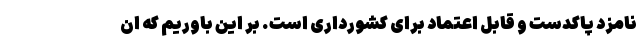
نامزد پاکدست و قابل اعتماد برای کشورداری است. بر این باوریم که ان